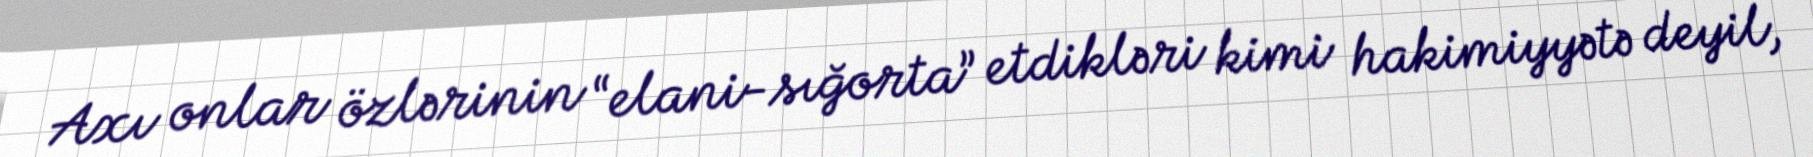
Axı onlar özlərinin “elani-sığorta” etdikləri kimi hakimiyyətə deyil,